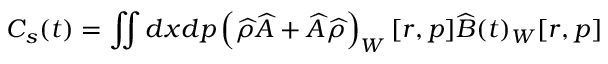
C _ { s } ( t ) = \iint d x d p \left( \widehat { \rho } \widehat { A } + \widehat { A } \widehat { \rho } \right) _ { W } [ r , p ] \widehat { B } ( t ) _ { W } [ r , p ]